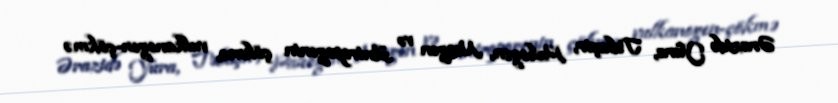
Ərazidə Yura, Təbaşir, Paleogen, Neogen və Antropogenin çökmə, vulkanogen-çökmə